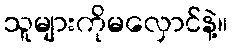
သူများကိုမလှောင်နဲ့။